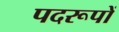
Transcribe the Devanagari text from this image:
पदरूपों